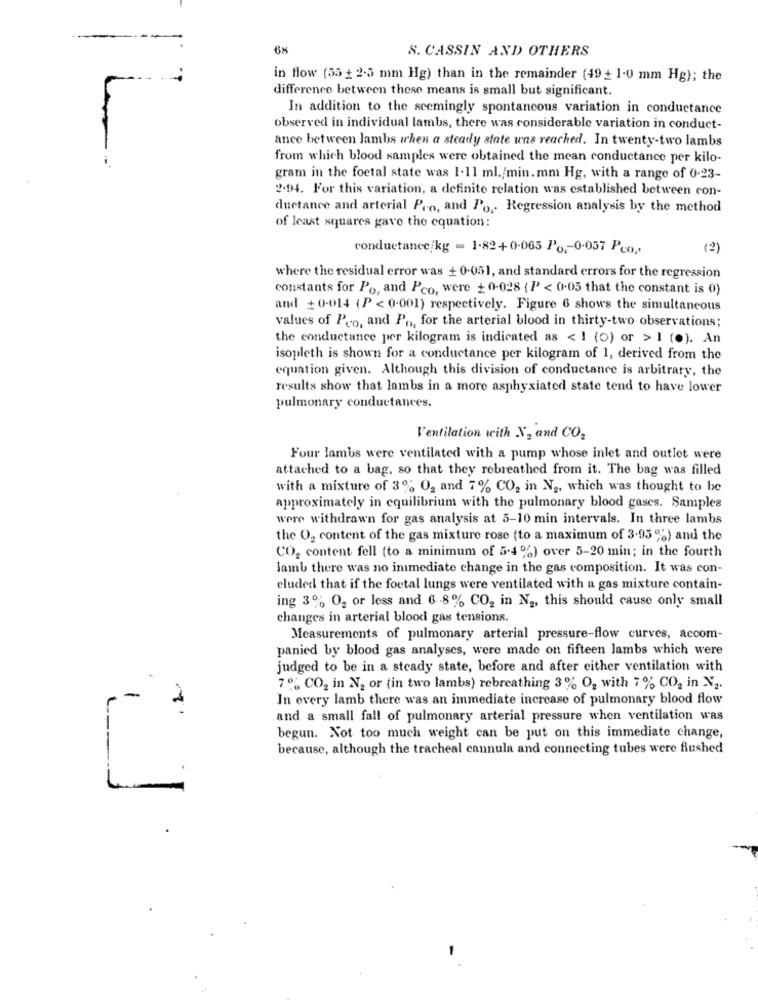
6%
S. CASSIN AND OTHERS
in flow (55 + 2.5 mm Hg) than in the remainder (49 + 1.0 mm Hg); the
difference between these means is small but significant.
In addition to the seemingly spontaneous variation in conductance
observed in individual lambs, there was considerable variation in conduct-
ance between lambs when a steady state was reached. In twenty-two lambs
--
from which blood samples were obtained the mean conductance per kilo-
gram in the foetal state was 1.11 ml./min.mm Hg, with a range of 0.23-
2.94. For this variation, a definite relation was established between con-
duetance and arterial Pro, and Po ,. Regression analysis by the method
of least squares gave the equation:
conductance/kg = 1-82+0-065 Po :- 0-057 Pco,
(2)
where the residual error was + 0.051, and standard errors for the regression
constants for Po, and Pco, were + 0-028 ( P < 0.05 that the constant is 0)
and + 0-014 (P < 0.001) respectively. Figure 6 shows the simultaneous
values of Pro, and P .,, for the arterial blood in thirty-two observations;
the conductance per kilogram is indicated as < 1 (0) or > 1 (0). An
isopleth is shown for a conductance per kilogram of 1, derived from the
equation given. Although this division of conductance is arbitrary, the
results show that lambs in a more asphyxiated state tend to have lower
pulmonary conductances.
Ventilation with N, and CO2
Four lambs were ventilated with a pump whose inlet and outlet were
attached to a bag, so that they rebreathed from it. The bag was filled
with a mixture of 3% O2 and 7% CO, in N2, which was thought to be
approximately in equilibrium with the pulmonary blood gases. Samples
were withdrawn for gas analysis at 5-10 min intervals. In three lambs
the O2 content of the gas mixture rose (to a maximum of 3.95 %) and the
CO2 content fell (to a minimum of 5-4 %) over 5-20 min; in the fourth
lamb there was no immediate change in the gas composition. It was con-
cluded that if the foetal lungs were ventilated with a gas mixture contain-
ing 3% O2 or less and 6 .8% CO2 in N2, this should cause only small
changes in arterial blood gas tensions.
Measurements of pulmonary arterial pressure-flow curves, accom-
panied by blood gas analyses, were made on fifteen lambs which were
judged to be in a steady state, before and after either ventilation with
7% CO2 in N2 or (in two lambs) rebreathing 3% O, with 7 % CO2 in N2.
--
In every lamb there was an immediate increase of pulmonary blood flow
and a small fall of pulmonary arterial pressure when ventilation was
begun. Not too much weight can be put on this immediate change,
because, although the tracheal cannula and connecting tubes were flushed